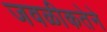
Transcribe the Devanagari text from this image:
जवळीकतेने